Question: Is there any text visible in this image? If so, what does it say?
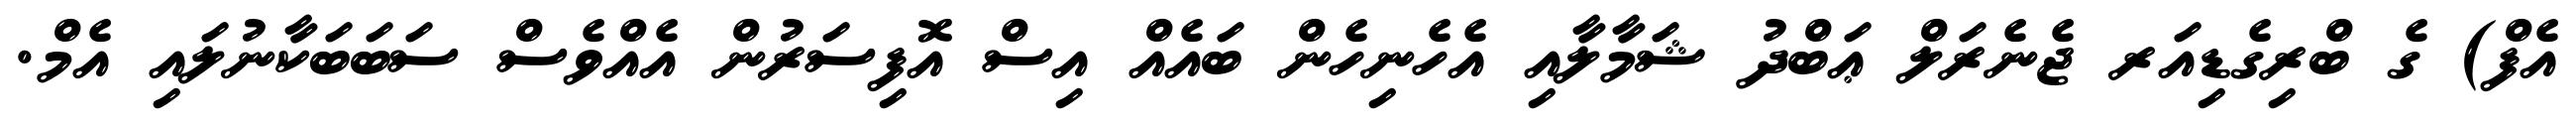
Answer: އެފް) ގެ ބްރިގެޑިއަރ ޖެނެރަލް ޢަބްދު ޝަމާލާއި އެހެނިހެން ބައެއް އިސް އޮފިސަރުން އެއްވެސް ސަބަބަކާނުލައި އެމް.